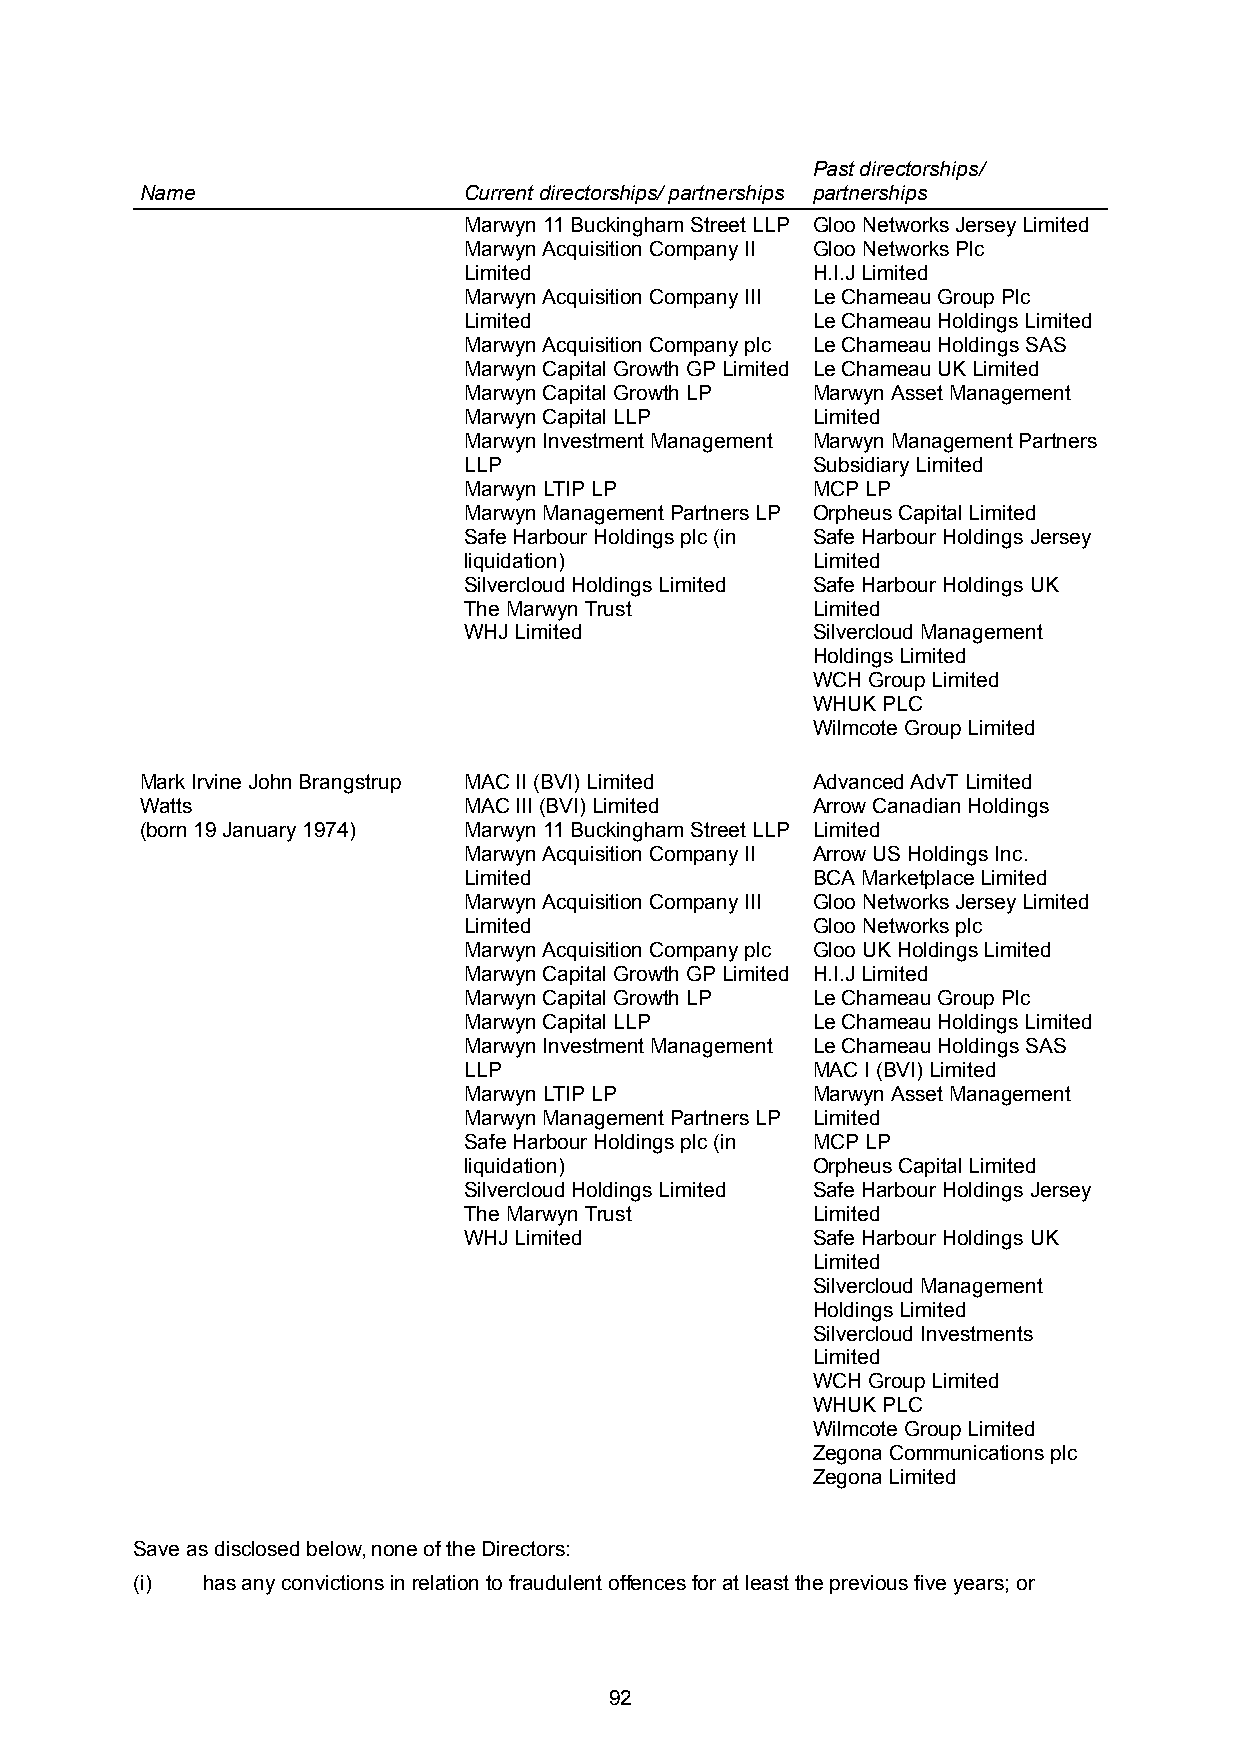
Past directorships/
 Name                  Current directorships/ partnerships partnerships
 Marwyn 11 Buckingham Street LLP Gloo Networks Jersey Limited
 Marwyn Acquisition Company II Gloo Networks Plc
 Limited                H.I.J Limited
 Marwyn Acquisition Company III Le Chameau Group Plc
 Limited                Le Chameau Holdings Limited
 Marwyn Acquisition Company plc Le Chameau Holdings SAS
 Marwyn Capital Growth GP Limited Le Chameau UK Limited
 Marwyn Capital Growth LP Marwyn Asset Management
 Marwyn Capital LLP     Limited
 Marwyn Investment Management Marwyn Management Partners
 LLP                    Subsidiary Limited
 Marwyn LTIP LP         MCP LP
 Marwyn Management Partners LP Orpheus Capital Limited
 Safe Harbour Holdings plc (in Safe Harbour Holdings Jersey
 liquidation)           Limited
 Silvercloud Holdings Limited Safe Harbour Holdings UK
 The Marwyn Trust       Limited
 WHJ Limited            Silvercloud Management
 Holdings Limited
 WCH Group Limited
 WHUK PLC
 Wilmcote Group Limited
 Mark Irvine John Brangstrup MAC II (BVI) Limited Advanced AdvT Limited
 Watts                 MAC III (BVI) Limited  Arrow Canadian Holdings
 (born 19 January 1974) Marwyn 11 Buckingham Street LLP Limited
 Marwyn Acquisition Company II Arrow US Holdings Inc.
 Limited                BCA Marketplace Limited
 Marwyn Acquisition Company III Gloo Networks Jersey Limited
 Limited                Gloo Networks plc
 Marwyn Acquisition Company plc Gloo UK Holdings Limited
 Marwyn Capital Growth GP Limited H.I.J Limited
 Marwyn Capital Growth LP Le Chameau Group Plc
 Marwyn Capital LLP     Le Chameau Holdings Limited
 Marwyn Investment Management Le Chameau Holdings SAS
 LLP                    MAC I (BVI) Limited
 Marwyn LTIP LP         Marwyn Asset Management
 Marwyn Management Partners LP Limited
 Safe Harbour Holdings plc (in MCP LP
 liquidation)           Orpheus Capital Limited
 Silvercloud Holdings Limited Safe Harbour Holdings Jersey
 The Marwyn Trust       Limited
 WHJ Limited            Safe Harbour Holdings UK
 Limited
 Silvercloud Management
 Holdings Limited
 Silvercloud Investments
 Limited
 WCH Group Limited
 WHUK PLC
 Wilmcote Group Limited
 Zegona Communications plc
 Zegona Limited
 Save as disclosed below, none of the Directors:
 (i) has any convictions in relation to fraudulent offences for at least the previous five years; or
 92